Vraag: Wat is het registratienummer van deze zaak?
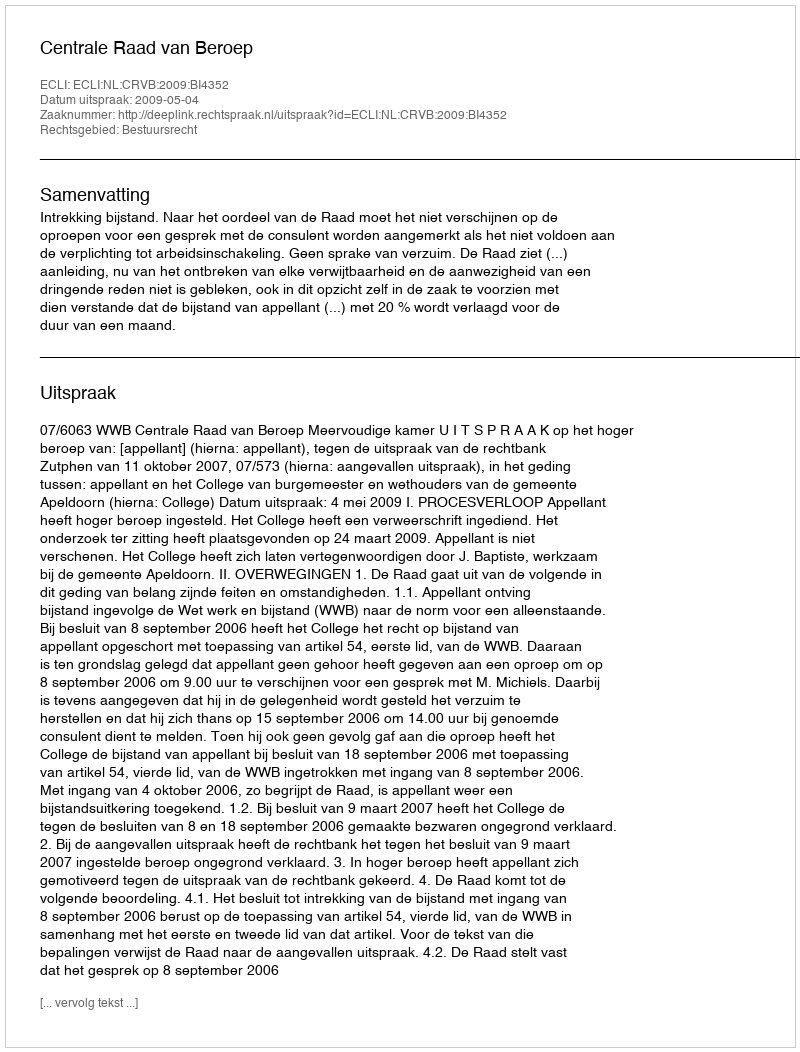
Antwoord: http://deeplink.rechtspraak.nl/uitspraak?id=ECLI:NL:CRVB:2009:BI4352